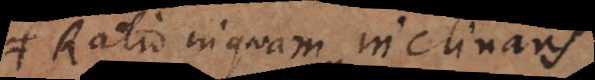
Ratio inquam inclinans